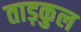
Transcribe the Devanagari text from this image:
ताड़कुल